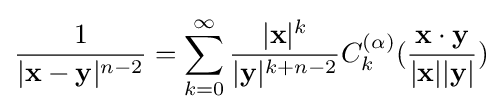
{\frac {1}{|\mathbf {x} -\mathbf {y} |^{n-2}}}=\sum _{k=0}^{\infty }{\frac {|\mathbf {x} |^{k}}{|\mathbf {y} |^{k+n-2}}}C_{k}^{(\alpha )}({\frac {\mathbf {x} \cdot \mathbf {y} }{|\mathbf {x} ||\mathbf {y} |}})